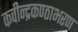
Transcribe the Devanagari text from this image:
कवीन्द्रकण्ठाभरण